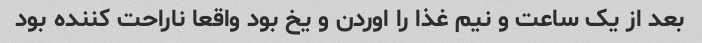
بعد از یک ساعت و نیم غذا را اوردن و یخ بود واقعا ناراحت کننده بود